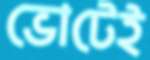
ভোটেই